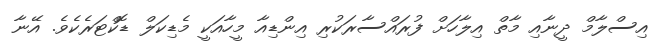
އިސްލާމް ދީނާއި މާތް އިލާހަށް ފުރައްސާރަކުރި އިންޑިއާ މީހާއަކީ މެޑިކަލް ޑޮކްޓަރެކެވެ. އޭނާ